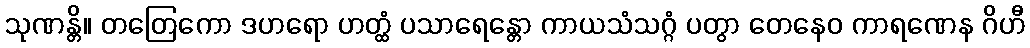
သုဏန္တိ။ တတြေကော ဒဟရော ဟတ္ထံ ပသာရေန္တော ကာယသံသဂ္ဂံ ပတွာ တေနေဝ ကာရဏေန ဂိဟီ